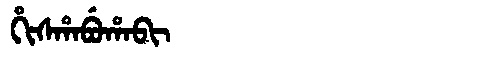
Manchu: ᡥᡳᠰᡥᠠᠪᡠᡥᠠᠪᡳ
Romanization: HISHABUHABI